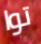
توا